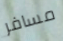
مسافر